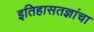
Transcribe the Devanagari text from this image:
इतिहासतज्ञांचा